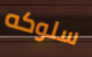
سلوكه